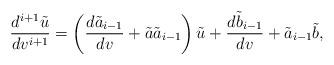
LaTeX: \begin{align*} \frac{d^{i+1}\tilde{u}}{dv^{i+1}}=\left(\frac{d\tilde{a}_{i-1}}{dv}+\tilde{a}\tilde{a}_{i-1}\right)\tilde{u}+\frac{d\tilde{b}_{i-1}}{dv}+\tilde{a}_{i-1}\tilde{b},\end{align*}